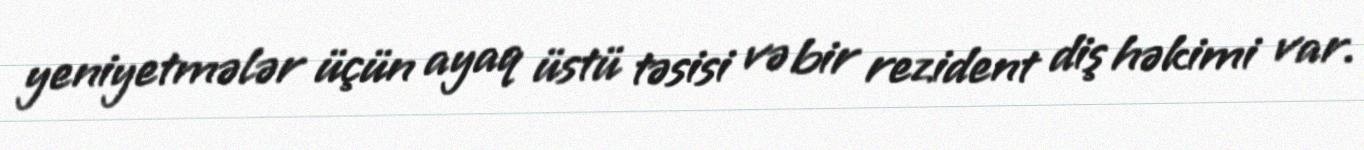
yeniyetmələr üçün ayaq üstü təsisi və bir rezident diş həkimi var.